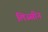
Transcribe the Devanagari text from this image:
लिउसीन